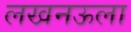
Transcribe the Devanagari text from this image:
लखनऊला